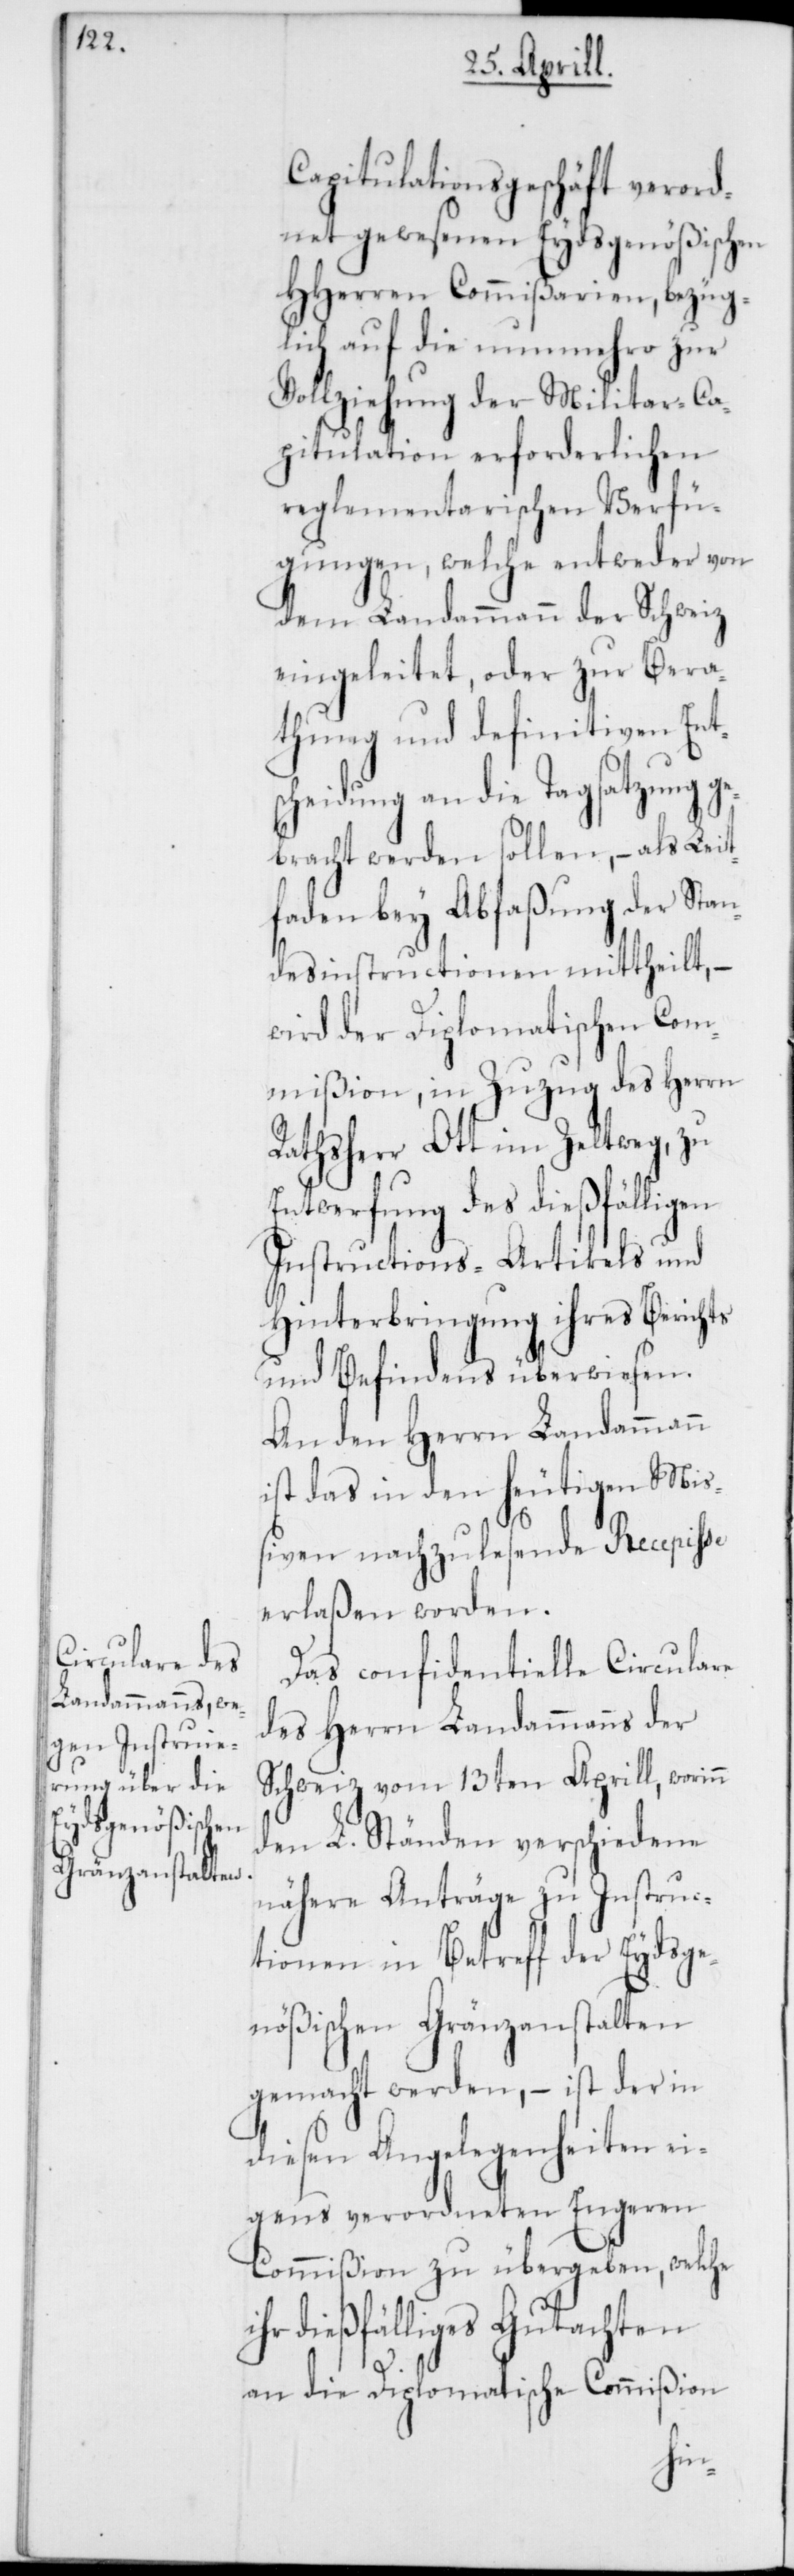
Capitulationsgeschäft verord¬
net gewesenen Eydsgenößischen
HHerren Kommißarien, bezüg¬
lich auf die nunmehro zur
Vollziehung der Militar-Ca¬
pitulation erforderlichen
reglementarischen Verfü¬
gungen, welche entweder von
dem Landammann der Schweiz
eingeleitet, oder zur Bera¬
thung und definitiven Ent¬
scheidung an die Tagsatzung g¬
ebracht werden sollen, – als Leit¬
faden bey Abfaßung der Sta¬
ndesinstructionen mittheilt, –
wird der Diplomatischen Com¬
mißion in Zuzug des Herrn
Rathsherr Ott im Zeltweg, zu
Entwerfung des dießfälligen
Instructions-Artikels und
Hinterbringung ihres Berichts
und Befindens überwiesen.
An den Herrn Landammann
ist das in den heutigen Miß¬
iven nachzulesende Recepisse
erlaßen worden.
Das confidentielle Circulare
des Herrn Landammanns der
Schweiz vom 13ten Aprill, worin
den L. Ständen verschiedene
nähere Anträge zu Instruc¬
tionen in Betreff der Eydsge¬
nößischen Gränzanstalten
gemacht werden, – ist der in
diesen Angelegenheiten ei¬
gens verordneten Engeren
Commißion zu übergeben, welche
ihr dießfälliges Gutachten
an die Diplomatische Commißion